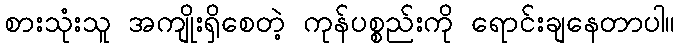
စားသုံးသူ အကျိုးရှိစေတဲ့ ကုန်ပစ္စည်းကို ရောင်းချနေတာပါ။